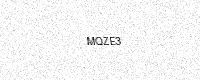
Text: MQZE3